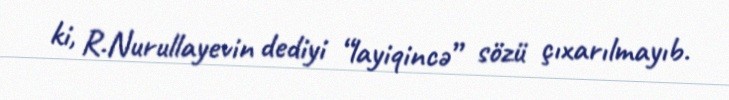
ki, R.Nurullayevin dediyi “layiqincə” sözü çıxarılmayıb.